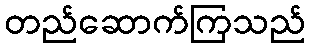
တည်ဆောက်ကြသည်